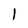
Character: l